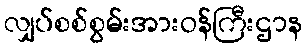
လျှပ်စစ်စွမ်းအားဝန်ကြီးဌာန